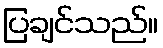
ပြချင်သည်။